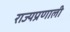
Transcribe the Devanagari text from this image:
राज्यप्रणाली